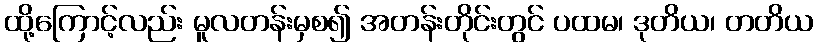
ထို့ကြောင့်လည်း မူလတန်းမှစ၍ အတန်းတိုင်းတွင် ပထမ၊ ဒုတိယ၊ တတိယ